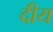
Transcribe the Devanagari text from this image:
दीय